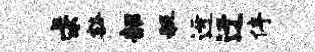
求豁韶艇迓迂停